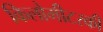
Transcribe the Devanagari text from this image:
किलोमीटरकी